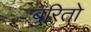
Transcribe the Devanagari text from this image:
बुरितो